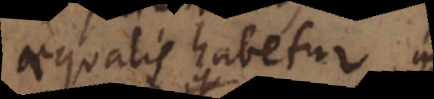
aequalis habetur